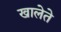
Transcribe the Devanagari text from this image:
खालेते